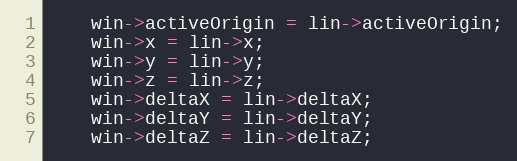
Language: C++
    win->activeOrigin = lin->activeOrigin;
    win->x = lin->x;
    win->y = lin->y;
    win->z = lin->z;
    win->deltaX = lin->deltaX;
    win->deltaY = lin->deltaY;
    win->deltaZ = lin->deltaZ;